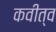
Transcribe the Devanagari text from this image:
कवीत्व